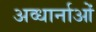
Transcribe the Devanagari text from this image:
अव्धार्नाओं